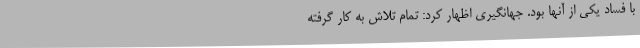
با فساد یکی از آنها بود. جهانگیری اظهار کرد: تمام تلاش به کار گرفته